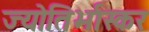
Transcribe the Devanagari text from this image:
ज्योतिर्भास्कर